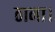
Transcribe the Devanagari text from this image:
ठाना।